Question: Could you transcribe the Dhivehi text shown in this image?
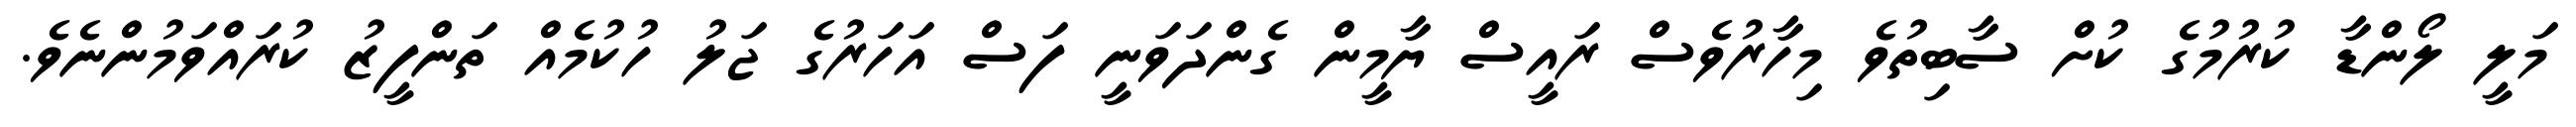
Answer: މަލީ ލޯންޑާ ކުރުމުގެ ކުށް ސާބިތުވެ މިހާރުވެސް ރައީސް ޔާމީން ގެންދަވަނީ ފަސް އަހަރުގެ ޖަލު ހުކުމެއް ތަންފީޒު ކުރައްވަމުންނެވެ.